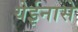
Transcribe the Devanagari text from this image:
येईनासे